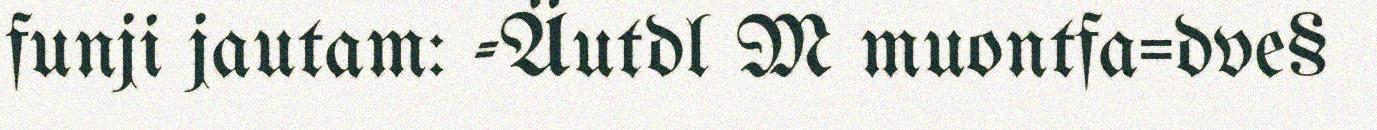
funji jautam: -Äutdl M muontfa=dve§